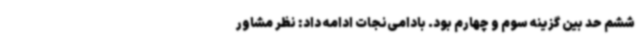
ششم حد بین گزینه سوم و چهارم بود. بادامی‌نجات ادامه داد: نظر مشاور